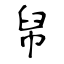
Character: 帠